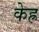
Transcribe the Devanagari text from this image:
केह्र